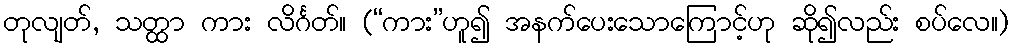
တုလျတ်, သတ္ထာ ကား လိင်္ဂတ်။ (“ကား”ဟူ၍ အနက်ပေးသောကြောင့်ဟု ဆို၍လည်း စပ်လေ။)